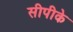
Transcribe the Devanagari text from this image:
सीपीके